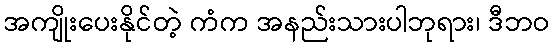
အကျိုးပေးနိုင်တဲ့ ကံက အနည်းသားပါဘုရား၊ ဒီဘဝ